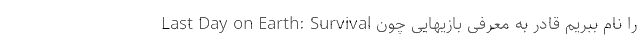
را نام ببریم قادر به معرفی بازیهایی چون Last Day on Earth: Survival